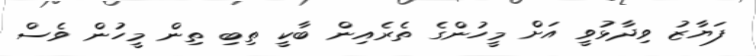
ފަޔާޒު ވިދާޅުވީ އަށް މީހުންގެ ތެރެއިން ބާކީ ތިބި ތިން މީހުން ވެސް